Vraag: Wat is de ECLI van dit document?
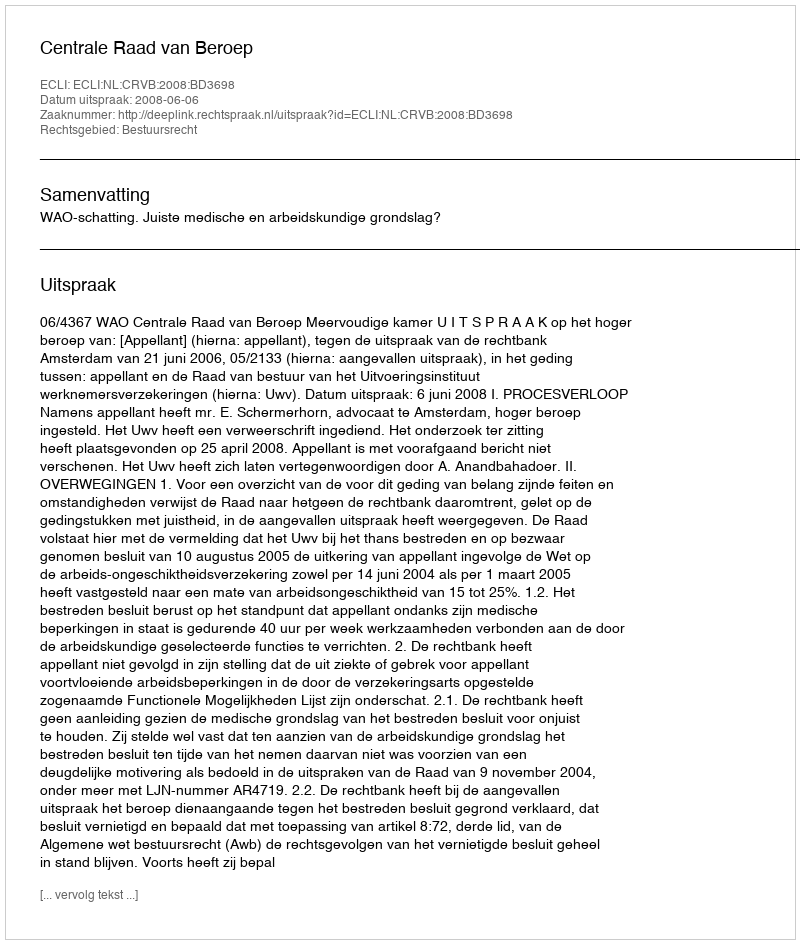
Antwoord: ECLI:NL:CRVB:2008:BD3698